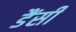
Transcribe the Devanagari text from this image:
डैंसी